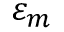
\ensuremath { \varepsilon } _ { m }